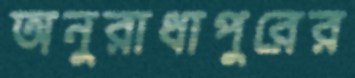
অনুরাধাপুরের